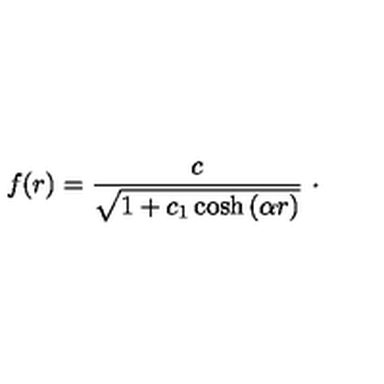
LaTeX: f ( r ) = \frac { c } { \sqrt { 1 + c _ { 1 } \cosh \left( \alpha r \right) } } \ \cdot